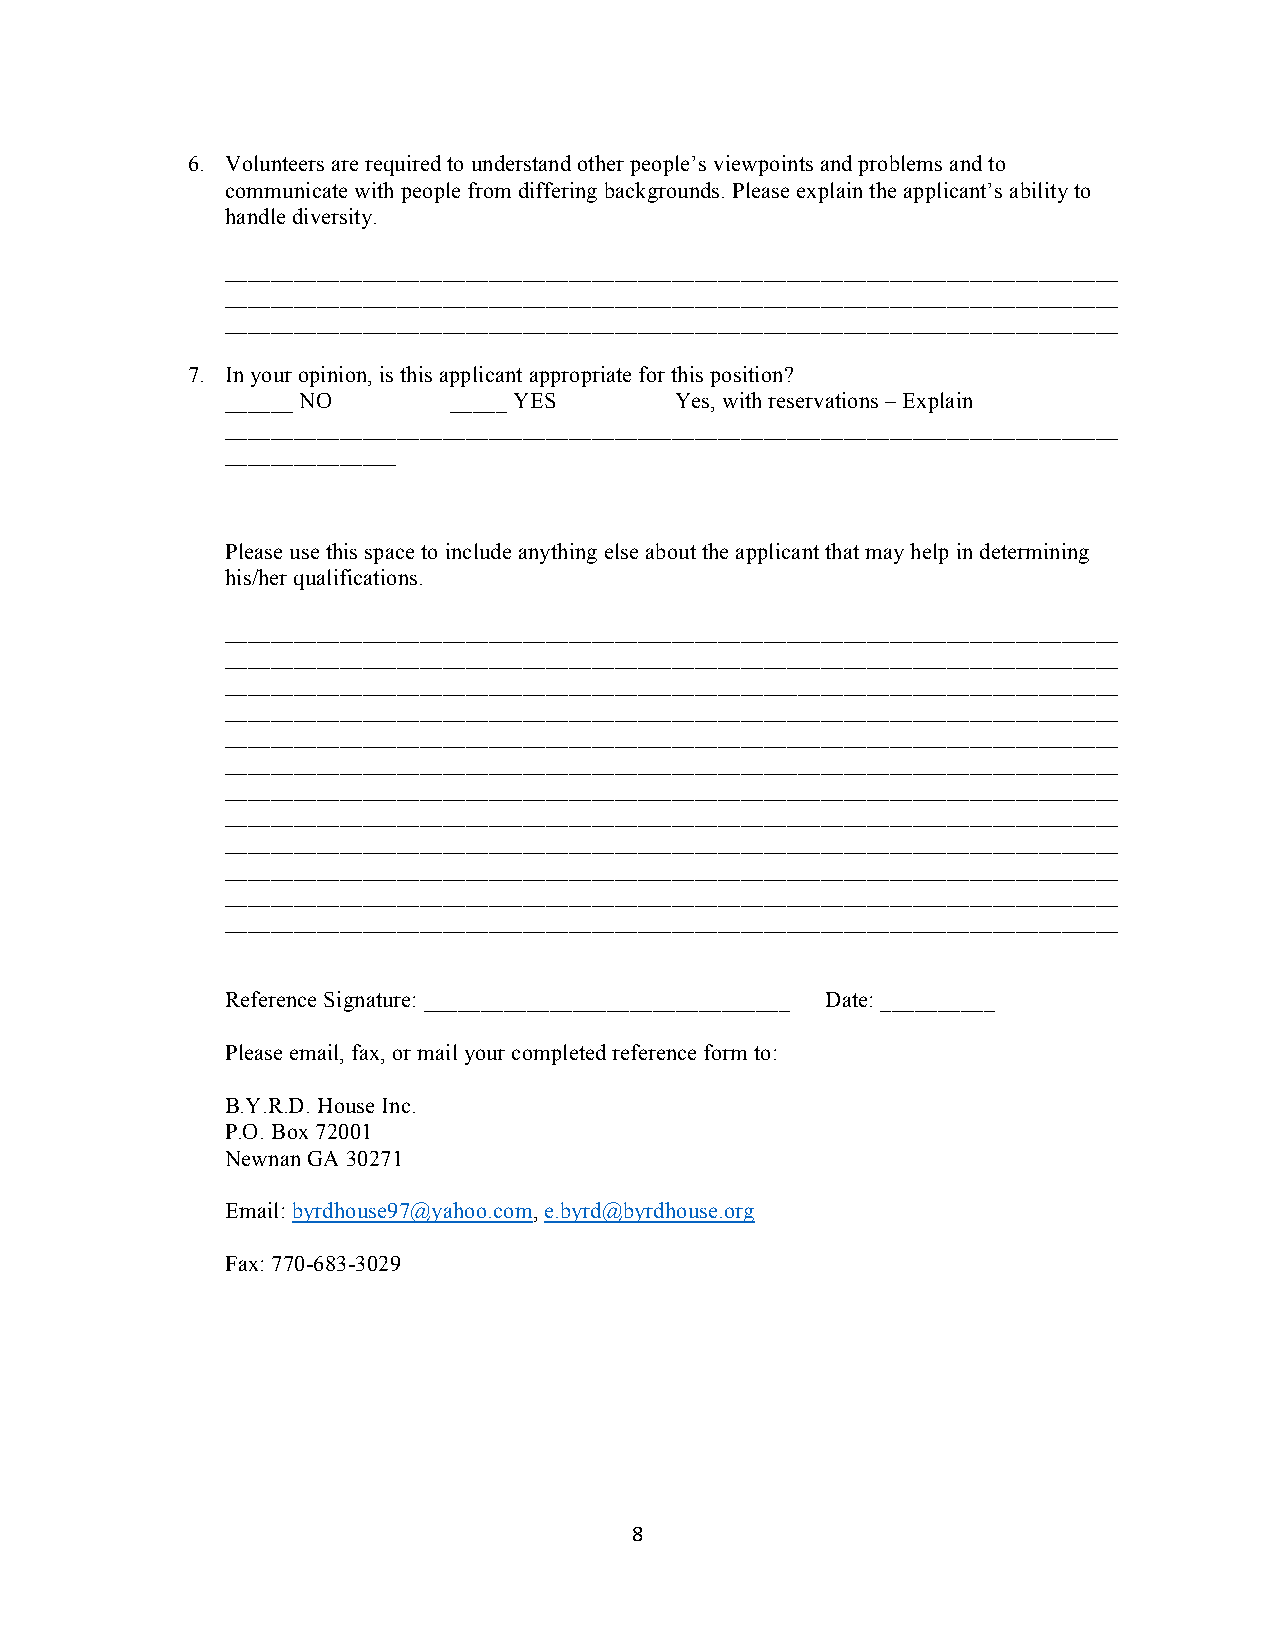
6.! Volunteers are required to understand other people’s viewpoints and problems and to
 communicate with people from differing backgrounds. Please explain the applicant’s ability to
 handle diversity.
 ______________________________________________________________________________
 ______________________________________________________________________________
 ______________________________________________________________________________
 7.! In your opinion, is this applicant appropriate for this position?
 ______ NO      _____ YES      Yes, with reservations – Explain
 ______________________________________________________________________________
 _______________
 Please use this space to include anything else about the applicant that may help in determining
 his/her qualifications.
 ______________________________________________________________________________
 ______________________________________________________________________________
 ______________________________________________________________________________
 ______________________________________________________________________________
 ______________________________________________________________________________
 ______________________________________________________________________________
 ______________________________________________________________________________
 ______________________________________________________________________________
 ______________________________________________________________________________
 ______________________________________________________________________________
 ______________________________________________________________________________
 ______________________________________________________________________________
 Reference Signature: ________________________________ Date: __________
 Please email, fax, or mail your completed reference form to:
 B.Y.R.D. House Inc.
 P.O. Box 72001
 Newnan GA 30271
 Email: byrdhouse97@yahoo.com, e.byrd@byrdhouse.org
 Fax: 770-683-3029
 8"
 "